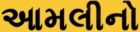
આમલીનો